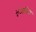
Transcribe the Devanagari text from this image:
भूआक्तिक